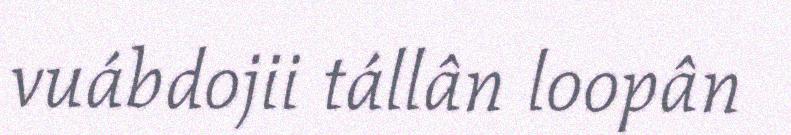
vuábdojii tállân loopân